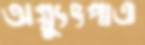
অগ্ন্যুৎপাত